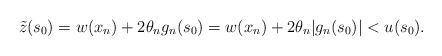
\begin{align*}\tilde{z}(s_0) = w(x_n) + 2 \theta_n g_n (s_0) = w(x_n) + 2 \theta_n |g_n (s_0)|< u(s_0).\end{align*}